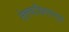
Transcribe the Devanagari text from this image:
तेलवाहिन्यातून